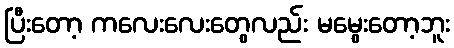
ပြီးတော့ ကလေးလေးတွေလည်း မမွေးတော့ဘူး